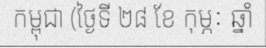
កម្ពុជា (ថ្ងៃទី ២៨ ខែ កុម្ភៈ ឆ្នាំ